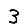
Digit: 3